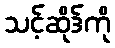
သင့်ဆိုဒ်ကို